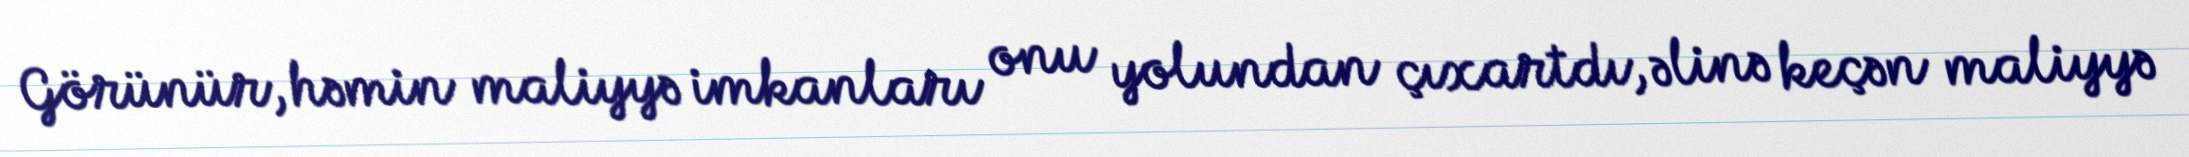
Görünür, həmin maliyyə imkanları onu yolundan çıxartdı, əlinə keçən maliyyə